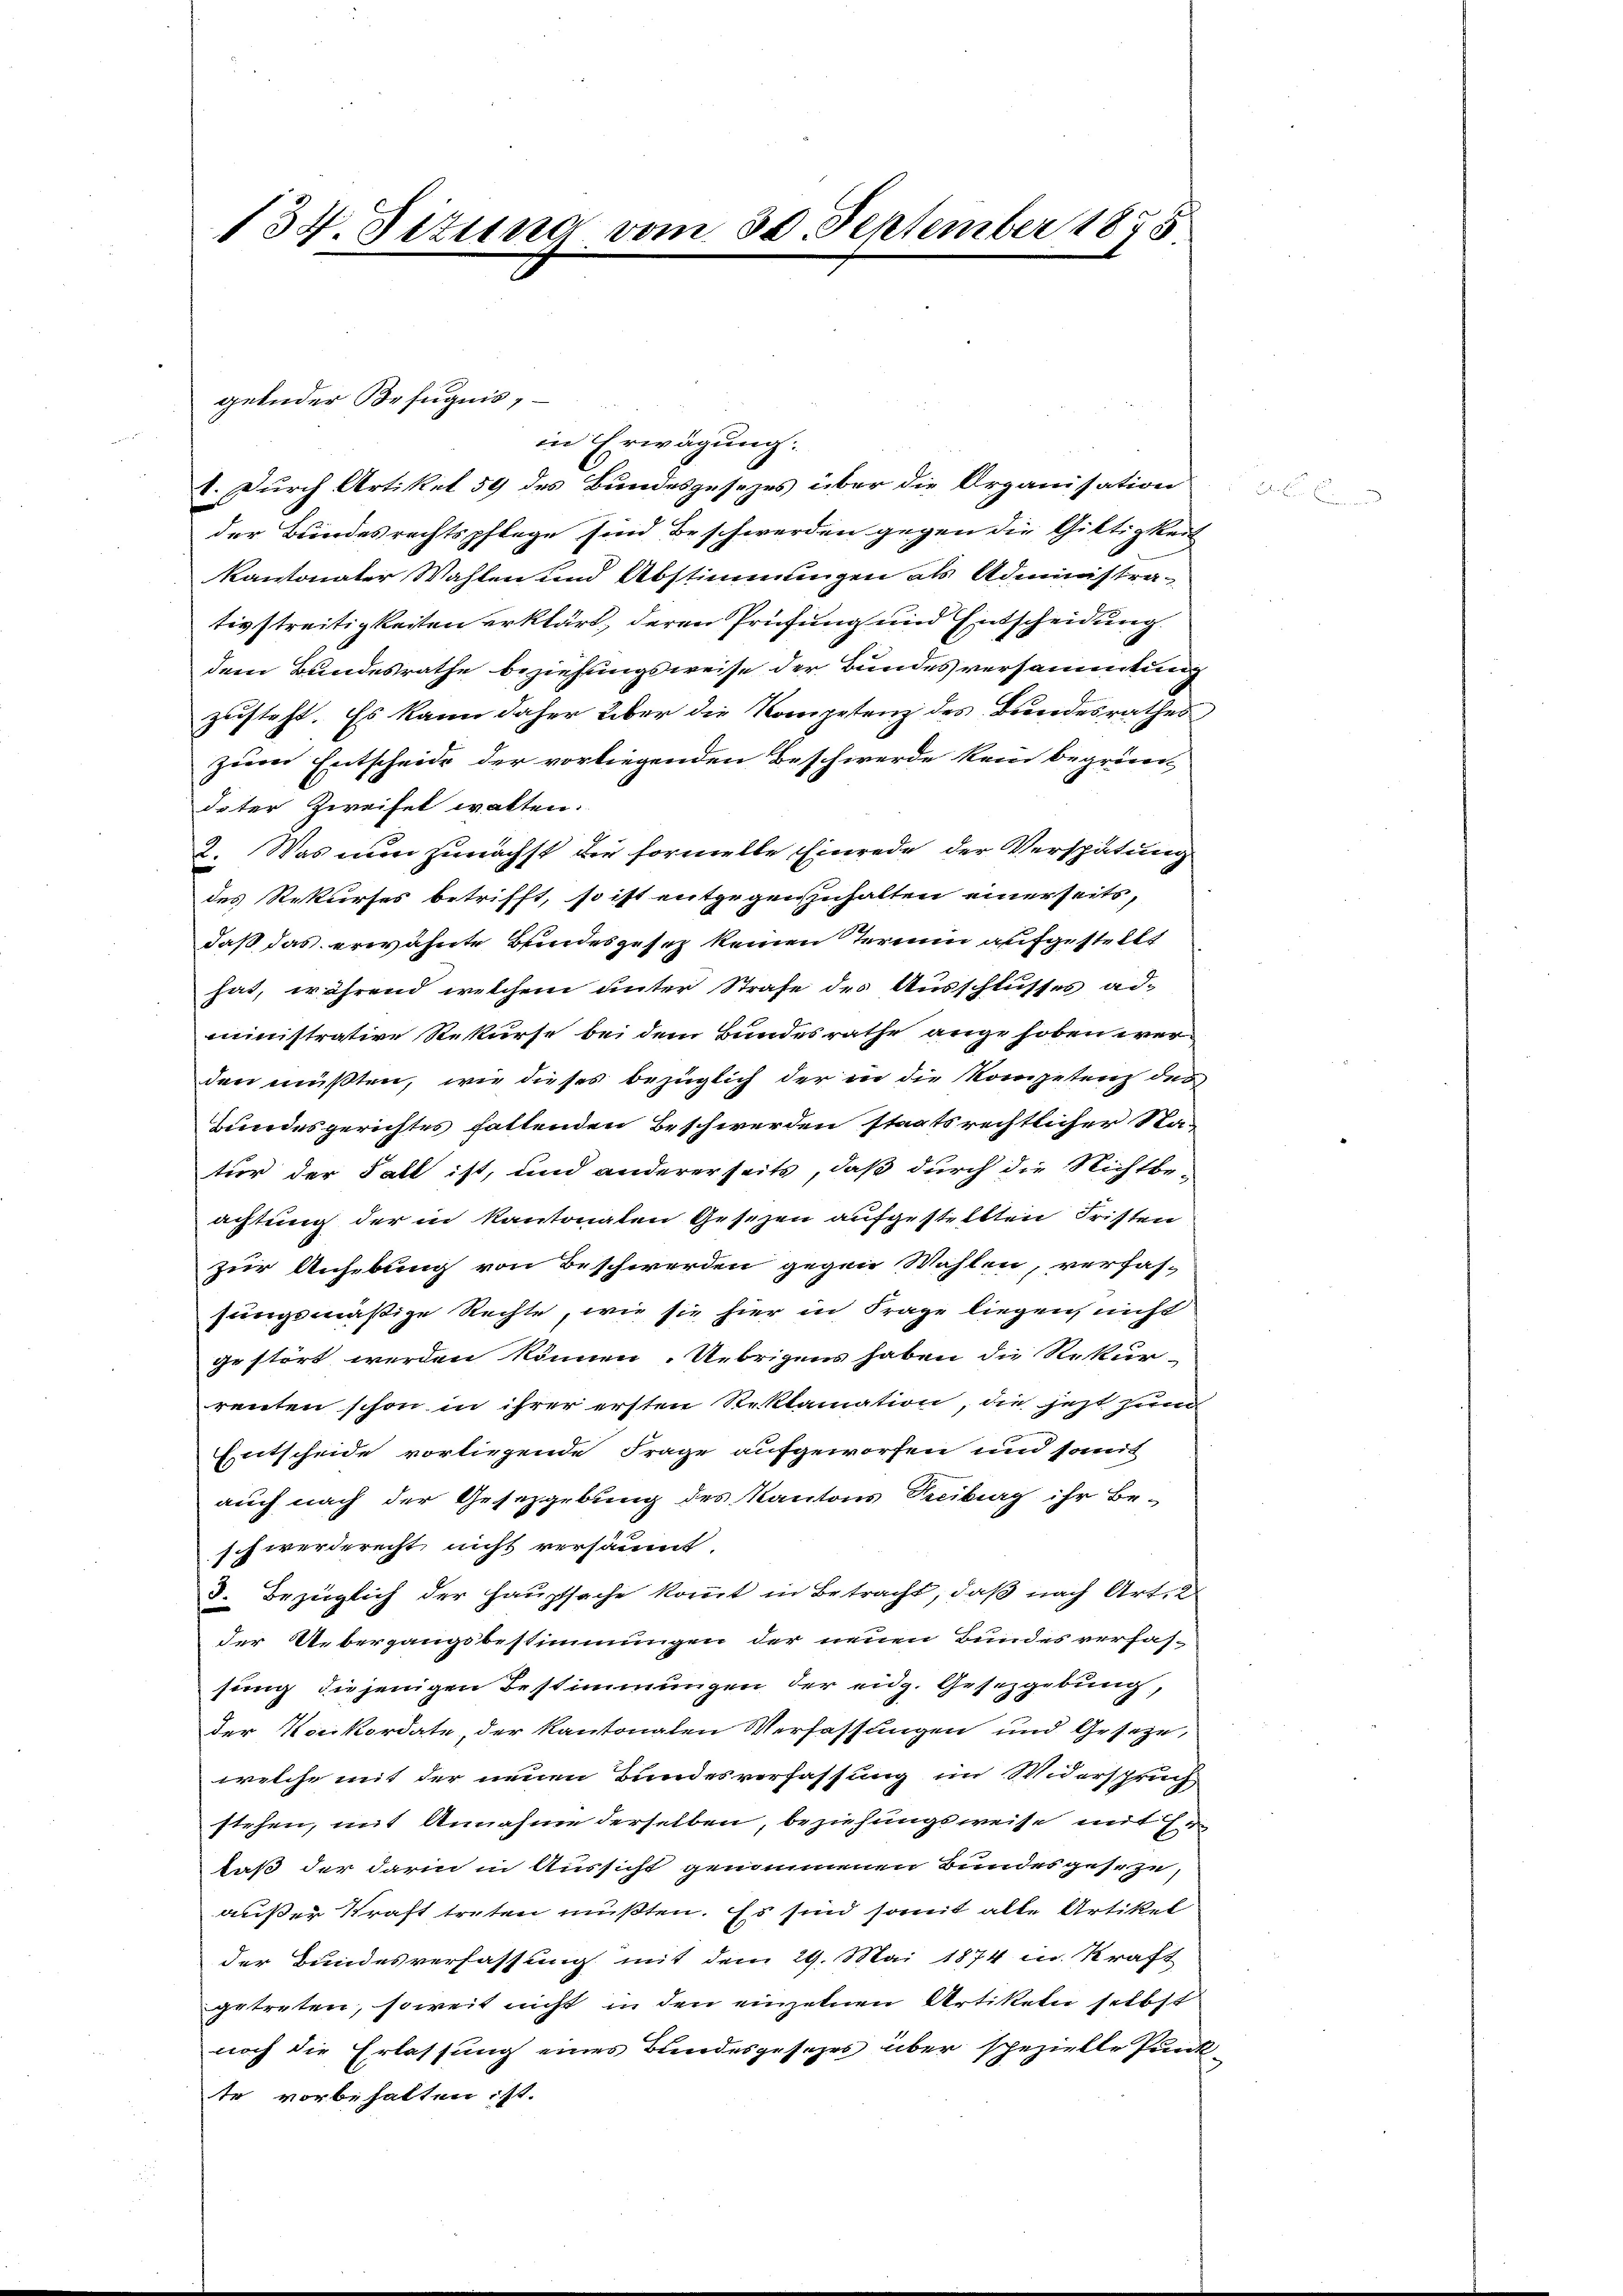
134. Situng vom 30. September 1858

in Erwägung.
1. Durch Artikel 59 des Bundesgesezes über die Organisation
der Bundesrechtspflege sind Beschwerden gegen die Gültigkeit
kantonater Wahlen und Abstimmungen als Administra-
tivstreitigkeiten erklärt, deren Prüfung und Entscheidung.
dem Bundesrathe beziehungsweise der Bundesversammtung
zusteht. Es kann daher über die Kompetenz des Bundesrathes
zum Entscheide der vorliegenden Beschwerde kein begrün-
deter Zweifel walten.
2. Was nun zunächst die formelle Einrede der Verspätung
des Rekurses betrifft, so ist entgegenzuhalten einerseits,
daß das erwähnte Bundesgesetz keinen Termin aufgestellt
hat, während welchem unter Strafe des Ausschlusses ad-
ministrative Rekurse bei dem Bundesrathe angehoben ver-
den müβten, wie dieses bezüglich der in die Kompetenz des
Bundesgerichtes faltenden Beschwerden staatsrechtlicher Sta-
tur der Fall ist, und andererseits, daß durch die Nichtbe-
achtung der in Kantonalen Gesetzen aufgestellten Fristen
zur Anhebung von Beschwerden gegen Wahlen, verfas-
sungsmäßige Rechte, wie sie hier in Frage liegen nicht
gestört werden können. Uebrigens haben die Rekur-
renten schon in ihrer ersten Reklamation, die jezt zumer
Entscheide vorliegende Frage aufgeworfen und somit
auch nach der Gesetzgebung des Kantons Tribung ihr Be-
schwerderecht nicht versäumt.
3. Bezüglich der Hauptsache kommt in Betracht, daß nach Art. 2
der Uebergangsbestimmungen der neuen Bundes verfas-
sung diejenigen Bestimmungen der eidg. Gesetzgebung,
der Konkordate, der Kantonalen Verfassungen und Geseze,
welche mit der neuen Bundesverfassung im Widerspruch,
stehen, mit Annahme derselben, beziehungsweise mit ihr
daß der darin in Aussicht genommenen Bundesgeseze,
außer Kraft treten müßten. Es sind somit alle Artikel
der Bundesverfassung mit dem 29. Mai 1874 in Kraft
getreten, soweit nicht in den einzelnen Artikeln selbst
noch die Erlassung eines Bundesgesetzes über spezielle Punkte vorbehalten ist.

gelnder Befugnis,